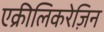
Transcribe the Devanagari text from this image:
एक्रीलिकरेज़िन